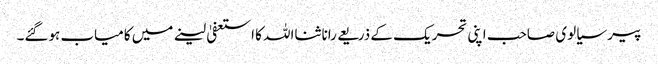
پیر سیالوی صاحب اپنی تحریک کے ذریعے رانا ثنااللہ کا استعفیٰ لینے میں کامیاب ہوگئے۔